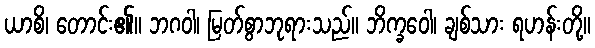
ယာစိ၊ တောင်း၏။ ဘဂဝါ၊ မြတ်စွာဘုရားသည်။ ဘိက္ခဝေါ၊ ချစ်သား ရဟန်းတို့။